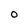
Character: O